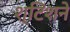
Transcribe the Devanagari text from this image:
श्टिशने